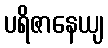
ပရိဇာနေယျ